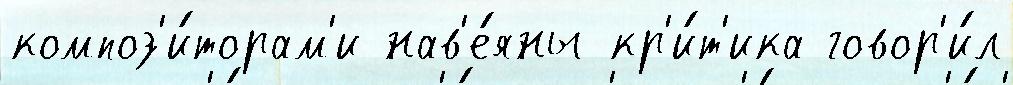
композ'и́торам'и нав'е́яны кр'и́т'ика говор'и́л